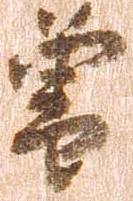
曾